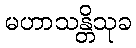
မဟာသန္တိသုခ